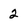
Character: 2